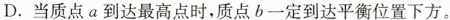
D.当质点a到达最高点时,质点b一定到达平衡位置下方。